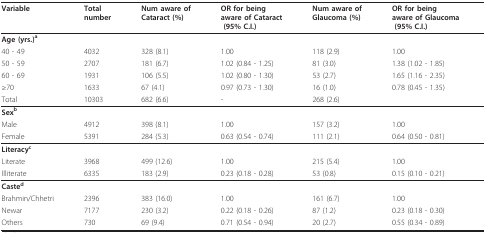
<table><thead><tr><td><b>Variable</b></td><td><b>Totalnumber</b></td><td><b>Num aware ofCataract (%)</b></td><td><b>OR for beingaware of Cataract(95% C.I.)</b></td><td><b>Num aware ofGlaucoma (%)</b></td><td><b>OR for beingaware of Glaucoma(95% C.I.)</b></td></tr></thead><tbody><tr><td><b>Age (yrs.)</b><sup><b>a</b></sup></td><td></td><td></td><td></td><td></td><td></td></tr><tr><td>40 - 49</td><td>4032</td><td>328(8.1)</td><td>1.00</td><td>118(2.9)</td><td>1.00</td></tr><tr><td>50 - 59</td><td>2707</td><td>181(6.7)</td><td>1.02 (0.84 - 1.25)</td><td>81(3.0)</td><td>1.38 (1.02 - 1.85)</td></tr><tr><td>60 - 69</td><td>1931</td><td>106 (5.5)</td><td>1.02 (0.80 - 1.30)</td><td>53(2.7)</td><td>1.65 (1.16 - 2.35)</td></tr><tr><td>≥ 70</td><td>1633</td><td>67 (4.1)</td><td>0.97 (0.73 - 1.30)</td><td>16(1.0)</td><td>0.78 (0.45 - 1.35)</td></tr><tr><td>Total</td><td>10303</td><td>682(6.6)</td><td>-</td><td>268(2.6)</td><td></td></tr><tr><td><b>Sex</b><sup><b>b</b></sup></td><td></td><td></td><td></td><td></td><td></td></tr><tr><td>Male</td><td>4912</td><td>398 (8.1)</td><td>1.00</td><td>157(3.2)</td><td>1.00</td></tr><tr><td>Female</td><td>5391</td><td>284 (5.3)</td><td>0.63(0.54 - 0.74)</td><td>111(2.1)</td><td>0.64 (0.50 - 0.81)</td></tr><tr><td><b>Literacy</b><sup><b>c</b></sup></td><td></td><td></td><td></td><td></td><td></td></tr><tr><td>Literate</td><td>3968</td><td>499 (12.6)</td><td>1.00</td><td>215(5.4)</td><td>1.00</td></tr><tr><td>Illiterate</td><td>6335</td><td>183 (2.9)</td><td>0.23(0.18 - 0.28)</td><td>53(0.8)</td><td>0.15 (0.10 - 0.21)</td></tr><tr><td><b>Caste</b><sup><b>d</b></sup></td><td></td><td></td><td></td><td></td><td></td></tr><tr><td>Brahmin/Chhetri</td><td>2396</td><td>383 (16.0)</td><td>1.00</td><td>161(6.7)</td><td>1.00</td></tr><tr><td>Newar</td><td>7177</td><td>230 (3.2)</td><td>0.22 (0.18 - 0.26)</td><td>87(1.2)</td><td>0.23 (0.18 - 0.30)</td></tr><tr><td>Others</td><td>730</td><td>69 (9.4)</td><td>0.71 (0.54 - 0.94)</td><td>20(2.7)</td><td>0.55 (0.34 - 0.89)</td></tr></tbody></table>